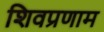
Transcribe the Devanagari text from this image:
शिवप्रणाम